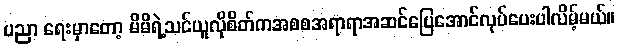
ပညာ ရေးမှာတော့ မိမိရဲ့သင်ယူလိုစိတ်ကအစစအရာရာအဆင်ပြေအောင်လုပ်ပေးပါလိမ့်မယ်။